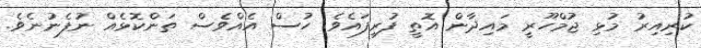
ކުރިއިރު މުޅި ޖުމްހޫރީ މައިދާން އޮތީ ފުރިފައެވެ. ހުސް އެއްވެސް ތަންކޮޅެއް ނުފެނުނެވެ.